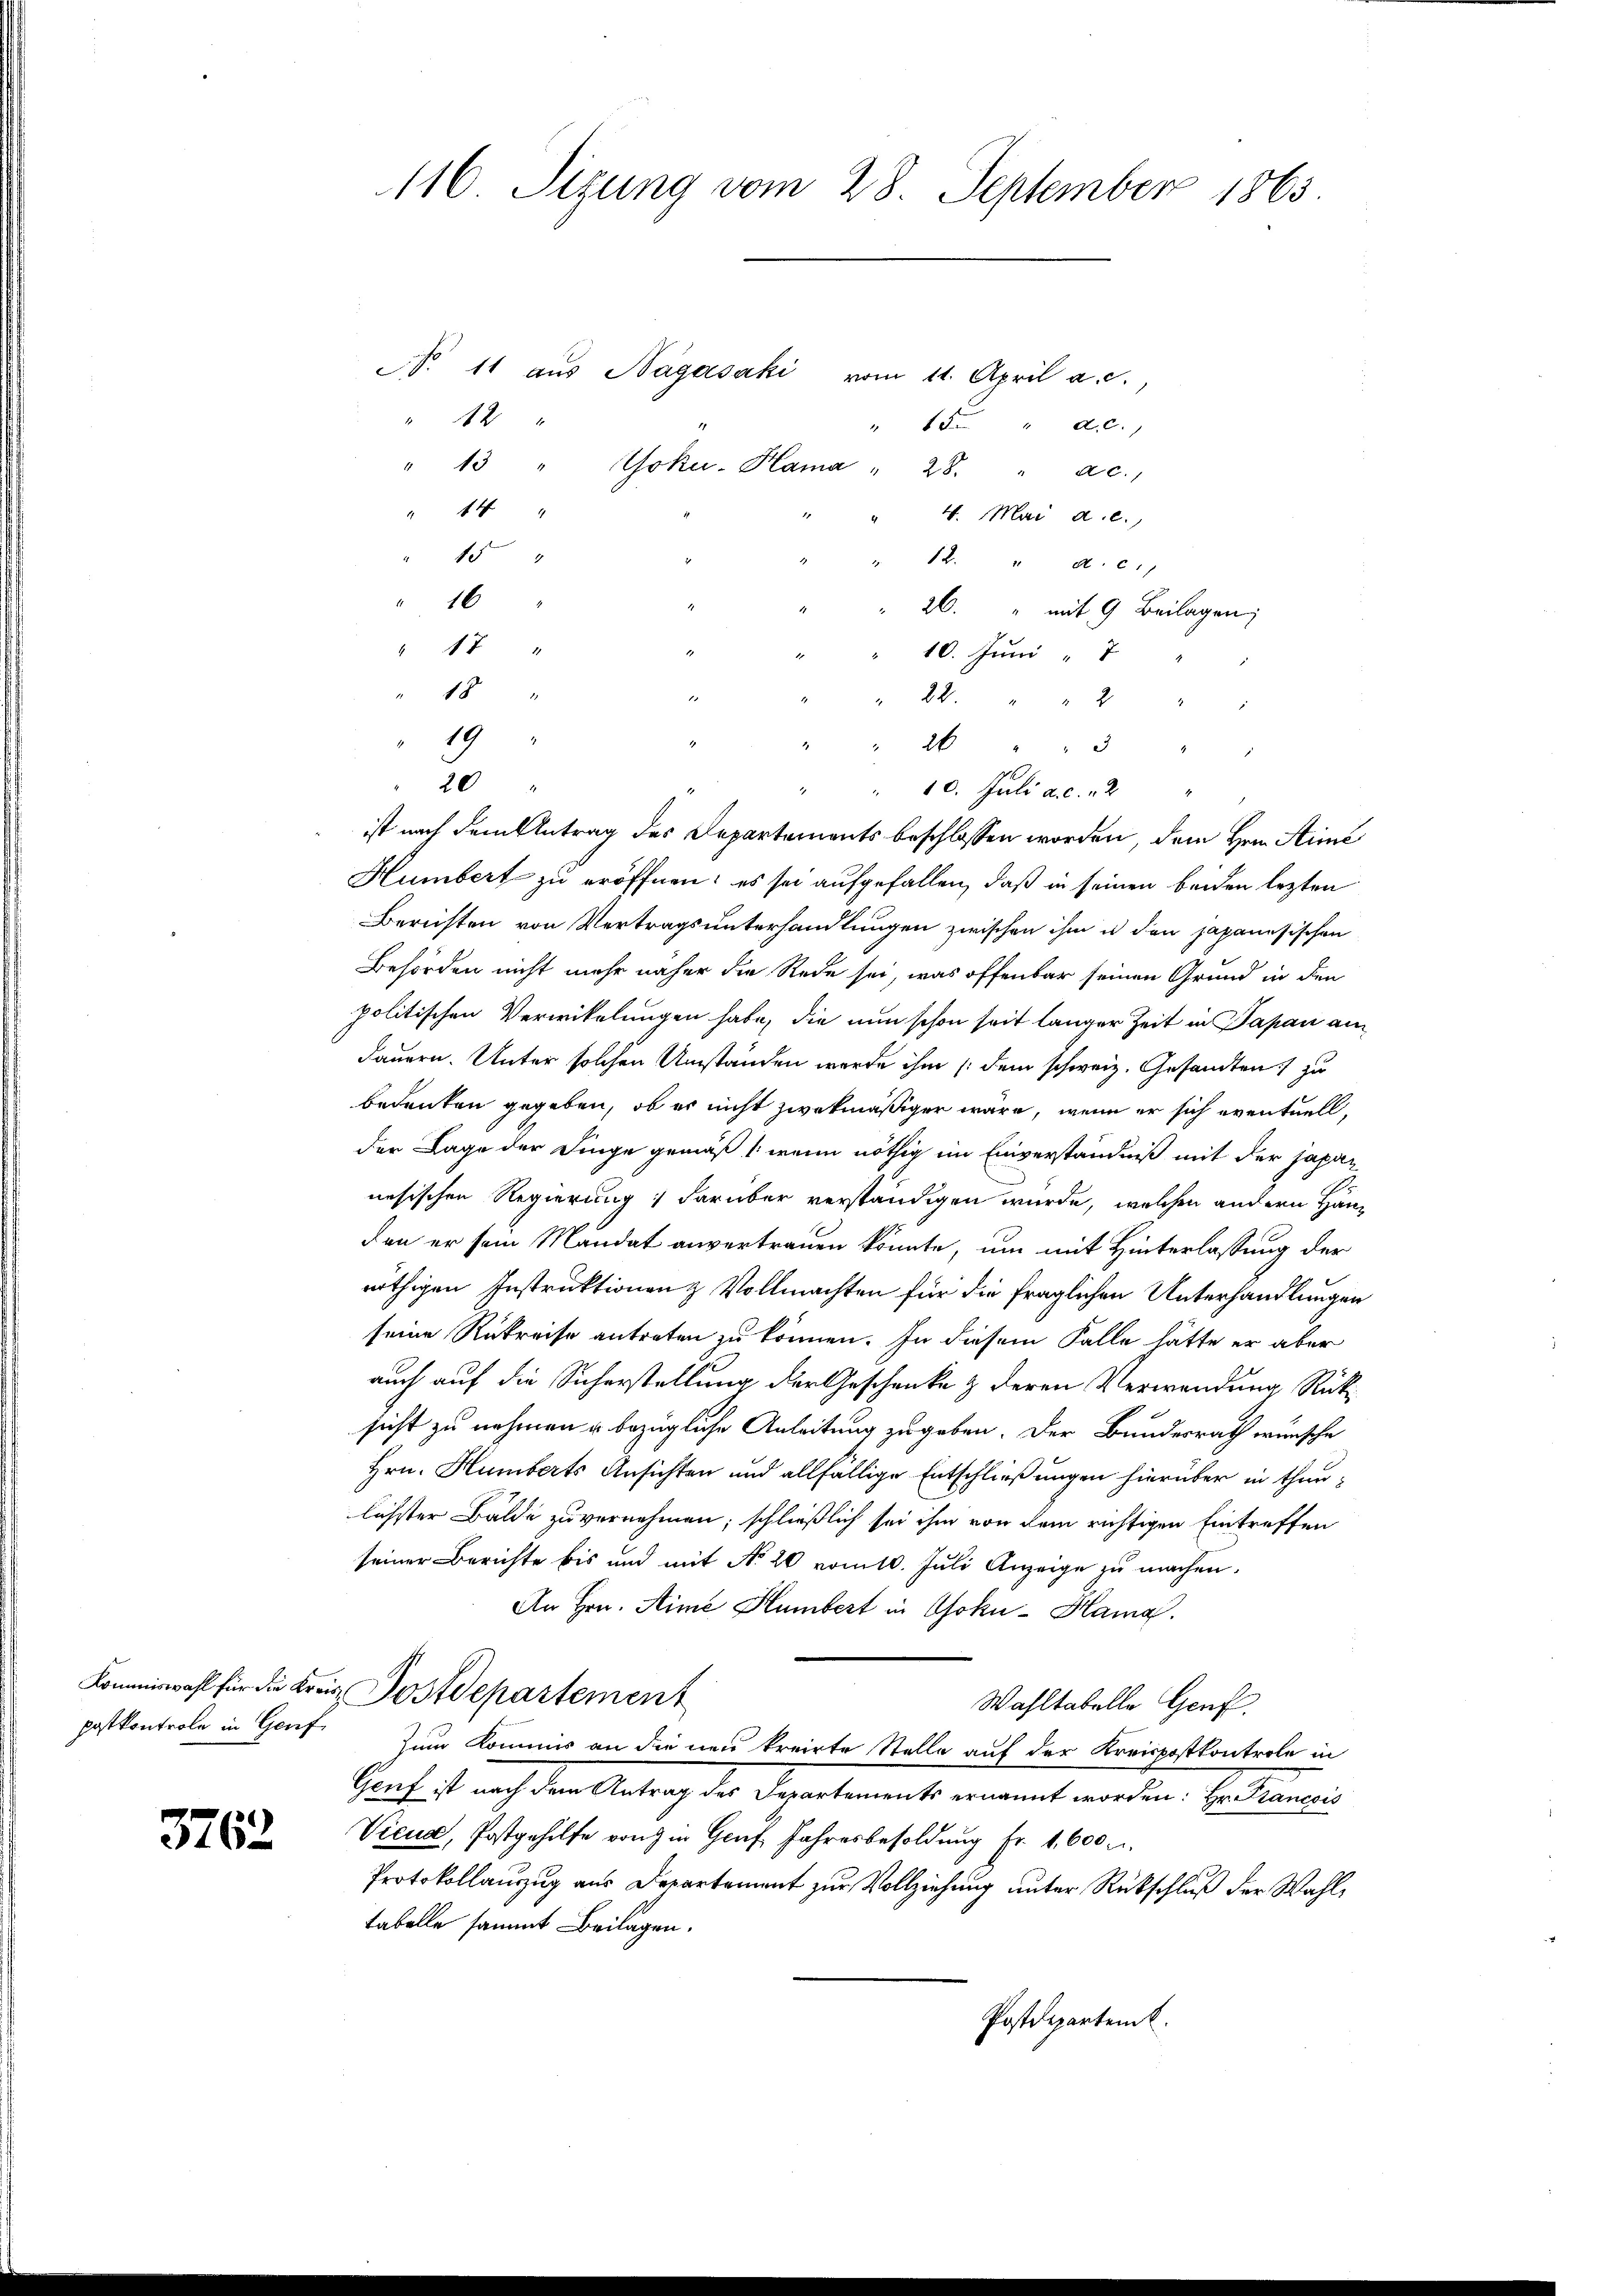
3762

Nr. 11 aus Bagasaki vom 11. April a. c.,
42
" 15 " 20.
" 13 " Eoku-Hama " 28. " ac.
" 14 "
4. Mai a.c.
15
12. " a. c.
16
26. " mit 9 Beilagen,
" 17 "
10. Juni " 7
" 18 "
28 " " 2 "
19
2 25 "
20
" " 10. Juli a.c. " 2 "
ist nach dem Antrag des Departements beschlossen worden, dem Herrn Arme
Humbert zu eröffnen; es sei aufgefallen, daß in seinen beiden lezten
Berichten von Vertragsunterhandlungen zwischen ihm u den japanesischen
Behörden nicht mehr näher die Rede sei, was offenbar seinen Grund in den
politischen Verwikelungen habe, die nun schon seit langer Zeit in Papan am
Fauern. Unter solchen Umständen werde ihm (dem schweiz. Gesandten zu
bedenken gegeben, ob es nicht zwekmäßiger wäre, wenn er sich eventuell,
der Lage der Finge gemäß, wenn nöthig im Einverständniß mit der japan
nesischen Regierung; darüber verständigen wurde, welchen andern Händen er sein Mandat anvertrauen könnte, um mit Hinterlassung der
nöthigen Instruktionen & Vollmachten für die fraglichen Unterhandlungen
seine Rükreise antreten zu können. In diesem Falle hätte er aber
auch auf die Sicherstellung der Geschenke & deren Verwendung Rüksicht zu nehmen u. bezügliche Anleitung zugeben. Der Bundesrath wünsche
Hrn. Humberts Ansichten und allfällige Entschließungen hierüber in thunlichster Bälde zu vernehmen; schließlich sei ihm von dem richtigen Eintreffen
seiner Berichte bis und mit No 20 vom 10. Juli Anzeige zu machen.
An Hrn. Sime Humbert in Osoku-Hama.
Kommiswahl für die Kreis Postdepartement
Wahltabelle Genf.
postkontrole in Gent zum Kommis an die neu kreirte Stelle auf der Kreispostkontrole in
Genf ist nach dem Antrag der Departements ernannt worden. Er Krancois
Vieua, Postgehilfe von in Genf Jahresbesoldung Fr. 1,600.
Protokollauszug aus Departement zur Vollziehung unter Rückschluß der Wahltabelle sammt Beilagen.
Postdepartemt.

116. Sizung vom 28. September 1863.